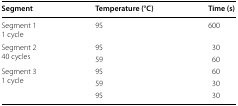
<table><thead><tr><td><b>Segment</b></td><td><b>Temperature (°C)</b></td><td><b>Time (s)</b></td></tr></thead><tbody><tr><td>Segment 11 cycle</td><td>95</td><td>600</td></tr><tr><td rowspan="2">Segment 240 cycles</td><td>95</td><td>30</td></tr><tr><td>59</td><td>60</td></tr><tr><td rowspan="3">Segment 31 cycle</td><td>95</td><td>60</td></tr><tr><td>59</td><td>30</td></tr><tr><td>95</td><td>30</td></tr></tbody></table>